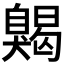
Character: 𦤦